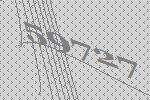
59727